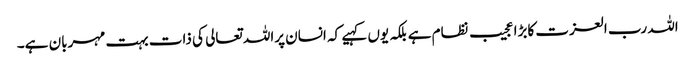
اللہ رب العزت کابڑا عجیب نظام ہے بلکہ یوں کہیے کہ انسان پراللہ تعالی کی ذات بہت مہربان ہے۔